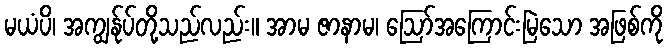
မယံပိ၊ အကျွန်ုပ်တို့သည်လည်း။ အာမ ဇာနာမ၊ ဩော်အကြောင်းမြဲသော အဖြစ်ကို